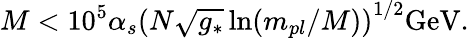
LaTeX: M<10^{5}\alpha_{s}\left(N\sqrt{g_{*}}\ln(m_{pl}/M)\right)^{1/2}\mathrm{GeV}.